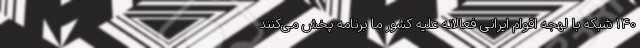
۱۴۰ شبکه با لهجه اقوام ایرانی فعالانه علیه کشور ما برنامه پخش می‌کنند